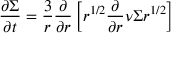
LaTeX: { \frac { \partial \Sigma } { \partial t } } = { \frac { 3 } { r } } { \frac { \partial } { \partial r } } \left[ r ^ { 1 / 2 } { \frac { \partial } { \partial r } } \nu \Sigma r ^ { 1 / 2 } \right]